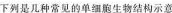
下列是几种常见的单细胞生物结构示意